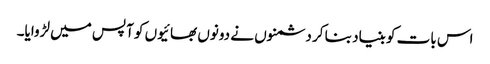
اس بات کو بنیاد بنا کر دشمنوں نے دونوں بھائیوں کو آپس میں لڑوایا۔